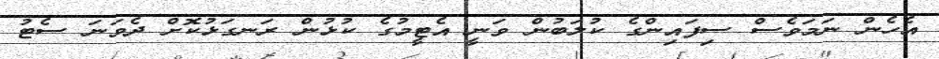
އެހެން ނަމަވެސް ސިފައިންގެ ކުލަބުން ވަނީ އެޓީމުގެ ކުޅުން ރަނގަޅުކޮށް ދެވަނަ ސެޓު